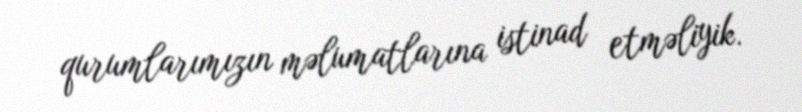
qurumlarımızın məlumatlarına istinad etməliyik.